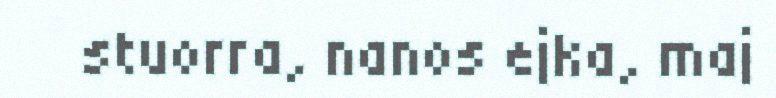
stuorra, nanos ejka, maj